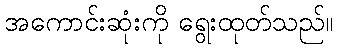
အကောင်းဆုံးကို ရွေးထုတ်သည်။